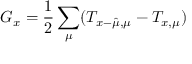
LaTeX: G _ { x } = \frac { 1 } { 2 } \sum _ { \mu } ( T _ { x - \hat { \mu } , \mu } - T _ { x , \mu } )